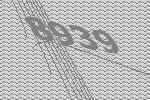
8939